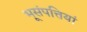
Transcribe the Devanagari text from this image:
भूसंपत्तियां